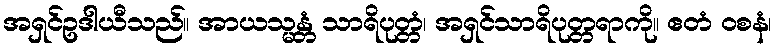
အရှင်ဥဒါယီသည်။ အာယသ္မန္တံ သာရိပုတ္တံ၊ အရှင်သာရိပုတ္တရာကို။ ဧတံ ဝစနံ၊